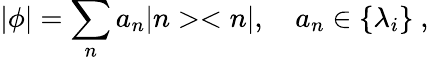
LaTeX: |\phi|=\sum_{n}a_{n}|n><n|,\quad a_{n}\in\{ \lambda_{i}\} ~,